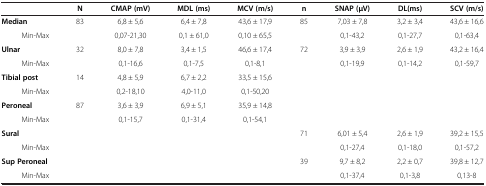
<table><thead><tr><td><b> </b></td><td><b>N</b></td><td><b>CMAP (mV)</b></td><td><b>MDL (ms)</b></td><td><b>MCV (m/s)</b></td><td><b>n</b></td><td><b>SNAP (μV)</b></td><td><b>DL(ms)</b></td><td><b>SCV (m/s)</b></td></tr></thead><tbody><tr><td><b>Median</b></td><td>83</td><td>6,8 ± 5,6</td><td>6,4 ± 7,8</td><td>43,6 ± 17,9</td><td>85</td><td>7,03 ± 7,8</td><td>3,2 ± 3,4</td><td>43,6 ± 16,6</td></tr><tr><td>Min-Max</td><td> </td><td>0,07-21,30</td><td>0,1 ± 61,0</td><td>0,10 ± 65,5</td><td> </td><td>0,1-43,2</td><td>0,1-27,7</td><td>0,1-63,4</td></tr><tr><td><b>Ulnar</b></td><td>32</td><td>8,0 ± 7,8</td><td>3,4 ± 1,5</td><td>46,6 ± 17,4</td><td>72</td><td>3,9 ± 3,9</td><td>2,6 ± 1,9</td><td>43,2 ± 16,4</td></tr><tr><td>Min-Max</td><td> </td><td>0,1-16,6</td><td>0,1-7,5</td><td>0,1-8,1</td><td> </td><td>0,1-19,9</td><td>0,1-14,2</td><td>0,1-59,7</td></tr><tr><td><b>Tibial post</b></td><td>14</td><td>4,8 ± 5,9</td><td>6,7 ± 2,2</td><td>33,5 ± 15,6</td><td> </td><td> </td><td> </td><td> </td></tr><tr><td>Min-Max</td><td> </td><td>0,2-18,10</td><td>4,0-11,0</td><td>0,1-50,20</td><td> </td><td> </td><td> </td><td> </td></tr><tr><td><b>Peroneal</b></td><td>87</td><td>3,6 ± 3,9</td><td>6,9 ± 5,1</td><td>35,9 ± 14,8</td><td> </td><td> </td><td> </td><td> </td></tr><tr><td>Min-Max</td><td> </td><td>0,1-15,7</td><td>0,1-31,4</td><td>0,1-54,1</td><td> </td><td> </td><td> </td><td> </td></tr><tr><td><b>Sural</b></td><td> </td><td> </td><td> </td><td> </td><td>71</td><td>6,01 ± 5,4</td><td>2,6 ± 1,9</td><td>39,2 ± 15,5</td></tr><tr><td>Min-Max</td><td> </td><td> </td><td> </td><td> </td><td> </td><td>0,1-27,4</td><td>0,1-18,0</td><td>0,1-57,2</td></tr><tr><td><b>Sup Peroneal</b></td><td> </td><td> </td><td> </td><td> </td><td>39</td><td>9,7 ± 8,2</td><td>2,2 ± 0,7</td><td>39,8 ± 12,7</td></tr><tr><td>Min-Max</td><td> </td><td> </td><td> </td><td> </td><td> </td><td>0,1-37,4</td><td>0,1-3,8</td><td>0,13-8</td></tr></tbody></table>